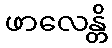
ဖာလေန္တိ